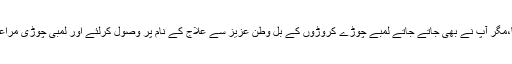
آپ نے بھی جواب میںوطن کو کچھ دینا تھا،مگر آپ نے بھی جاتے جاتے لمبے چوڑے کروڑوں کے بل وطن عزیز سے علاج کے نام پر وصول کرلئے اور لمبی چوڑی مراعات کی تاحیات وصولی کا بل منظور کرالیا۔